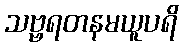
သဗ္ဗရတနမယူပရိ